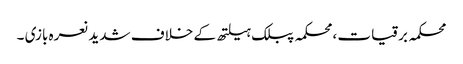
محکمہ برقیات ،محکمہ پبلک ہیلتھ کے خلاف شدید نعرہ بازی ۔